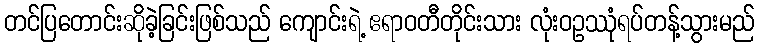
တင်ပြတောင်းဆိုခဲ့ခြင်းဖြစ်သည် ကျောင်းရဲ့ ဧရာဝတီတိုင်းသား လုံးဝဥဿုံရပ်တန့်သွားမည်